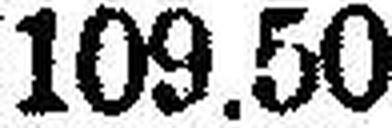
109.50